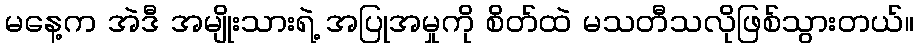
မနေ့က အဲဒီ အမျိုးသားရဲ့ အပြုအမှုကို စိတ်ထဲ မသတီသလိုဖြစ်သွားတယ်။